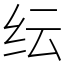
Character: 纭